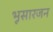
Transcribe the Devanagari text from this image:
भूसारजन